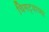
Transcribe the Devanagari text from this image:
चिमट्याच्या